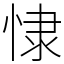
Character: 㥆